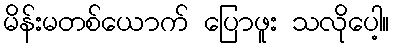
မိန်းမတစ်ယောက် ပြောဖူး သလိုပေါ့။